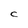
Character: C